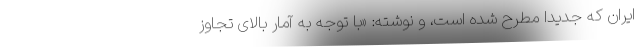
ایران که جدیدا مطرح شده است، و نوشته: «با توجه به آمار بالای تجاوز